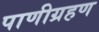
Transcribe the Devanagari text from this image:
पाणीग्रहण